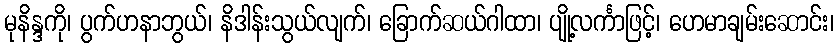
မုနိန္ဒကို၊ ပွက်ဟနာဘွယ်၊ နိဒါန်းသွယ်လျက်၊ ခြောက်ဆယ်ဂါထာ၊ ပျို့လင်္ကာဖြင့်၊ ဟေမာချမ်းဆောင်း၊